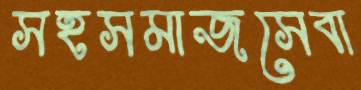
সহসমাজসেবা